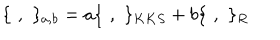
\{ \, \, , \, \, \} _ { a , b } = a \{ \, \, , \, \, \} _ { K K S } + b \{ \, \, , \, \, \} _ { R }